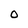
Character: O